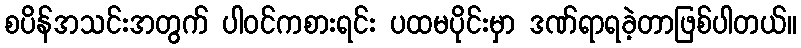
စပိန်အသင်းအတွက် ပါဝင်ကစားရင်း ပထမပိုင်းမှာ ဒဏ်ရာရခဲ့တာဖြစ်ပါတယ်။